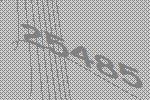
25485